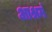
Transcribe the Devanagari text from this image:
आश्रमं